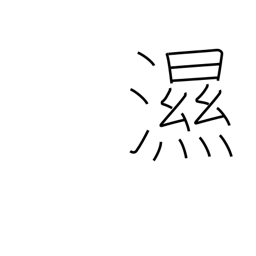
Meaning: an illness